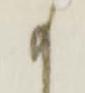
り